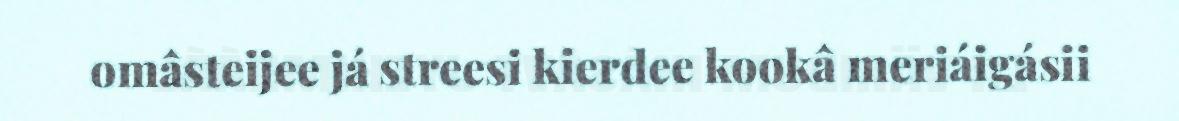
omâsteijee já streesi kierdee kookâ meriáigásii